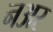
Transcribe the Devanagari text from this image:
नअर